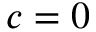
c = 0